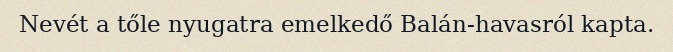
Nevét a tőle nyugatra emelkedő Balán-havasról kapta.